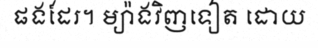
ផងដែរ។ ម្យ៉ាងវិញទៀត ដោយ